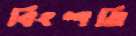
বিংশতি